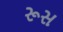
રૂસ